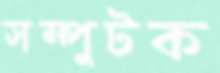
সম্পুটক